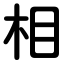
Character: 相